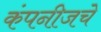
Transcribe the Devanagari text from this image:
कंपनीजचे